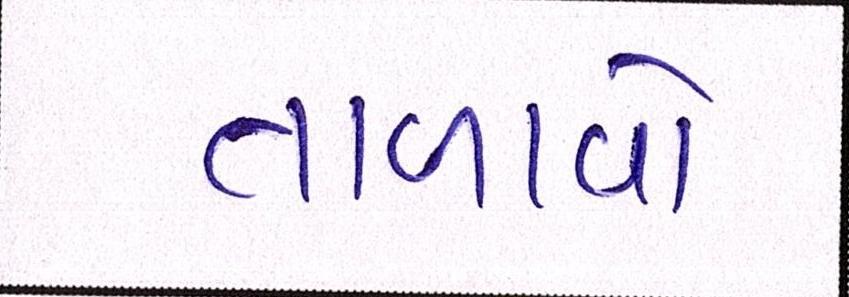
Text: તાળાવો